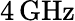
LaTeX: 4\operatorname{GHz}